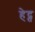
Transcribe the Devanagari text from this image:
हेद्त